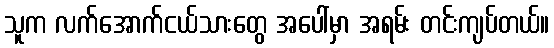
သူက လက်အောက်ငယ်သားတွေ အပေါ်မှာ အရမ်း တင်းကျပ်တယ်။